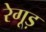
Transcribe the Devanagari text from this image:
रेगूड़